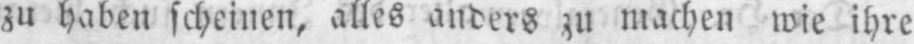
zu haben scheinen, alles anders zu machen wie ihre